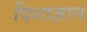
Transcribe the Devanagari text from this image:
दिशाज्ञान